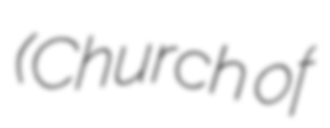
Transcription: (Church of